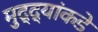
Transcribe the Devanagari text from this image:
मुद्‍द्यांकडे